DOW-UAP-D48, Department of the Air Force Report, 1996
Agency: Department of War
Incident date: 9/10/96
Page 125
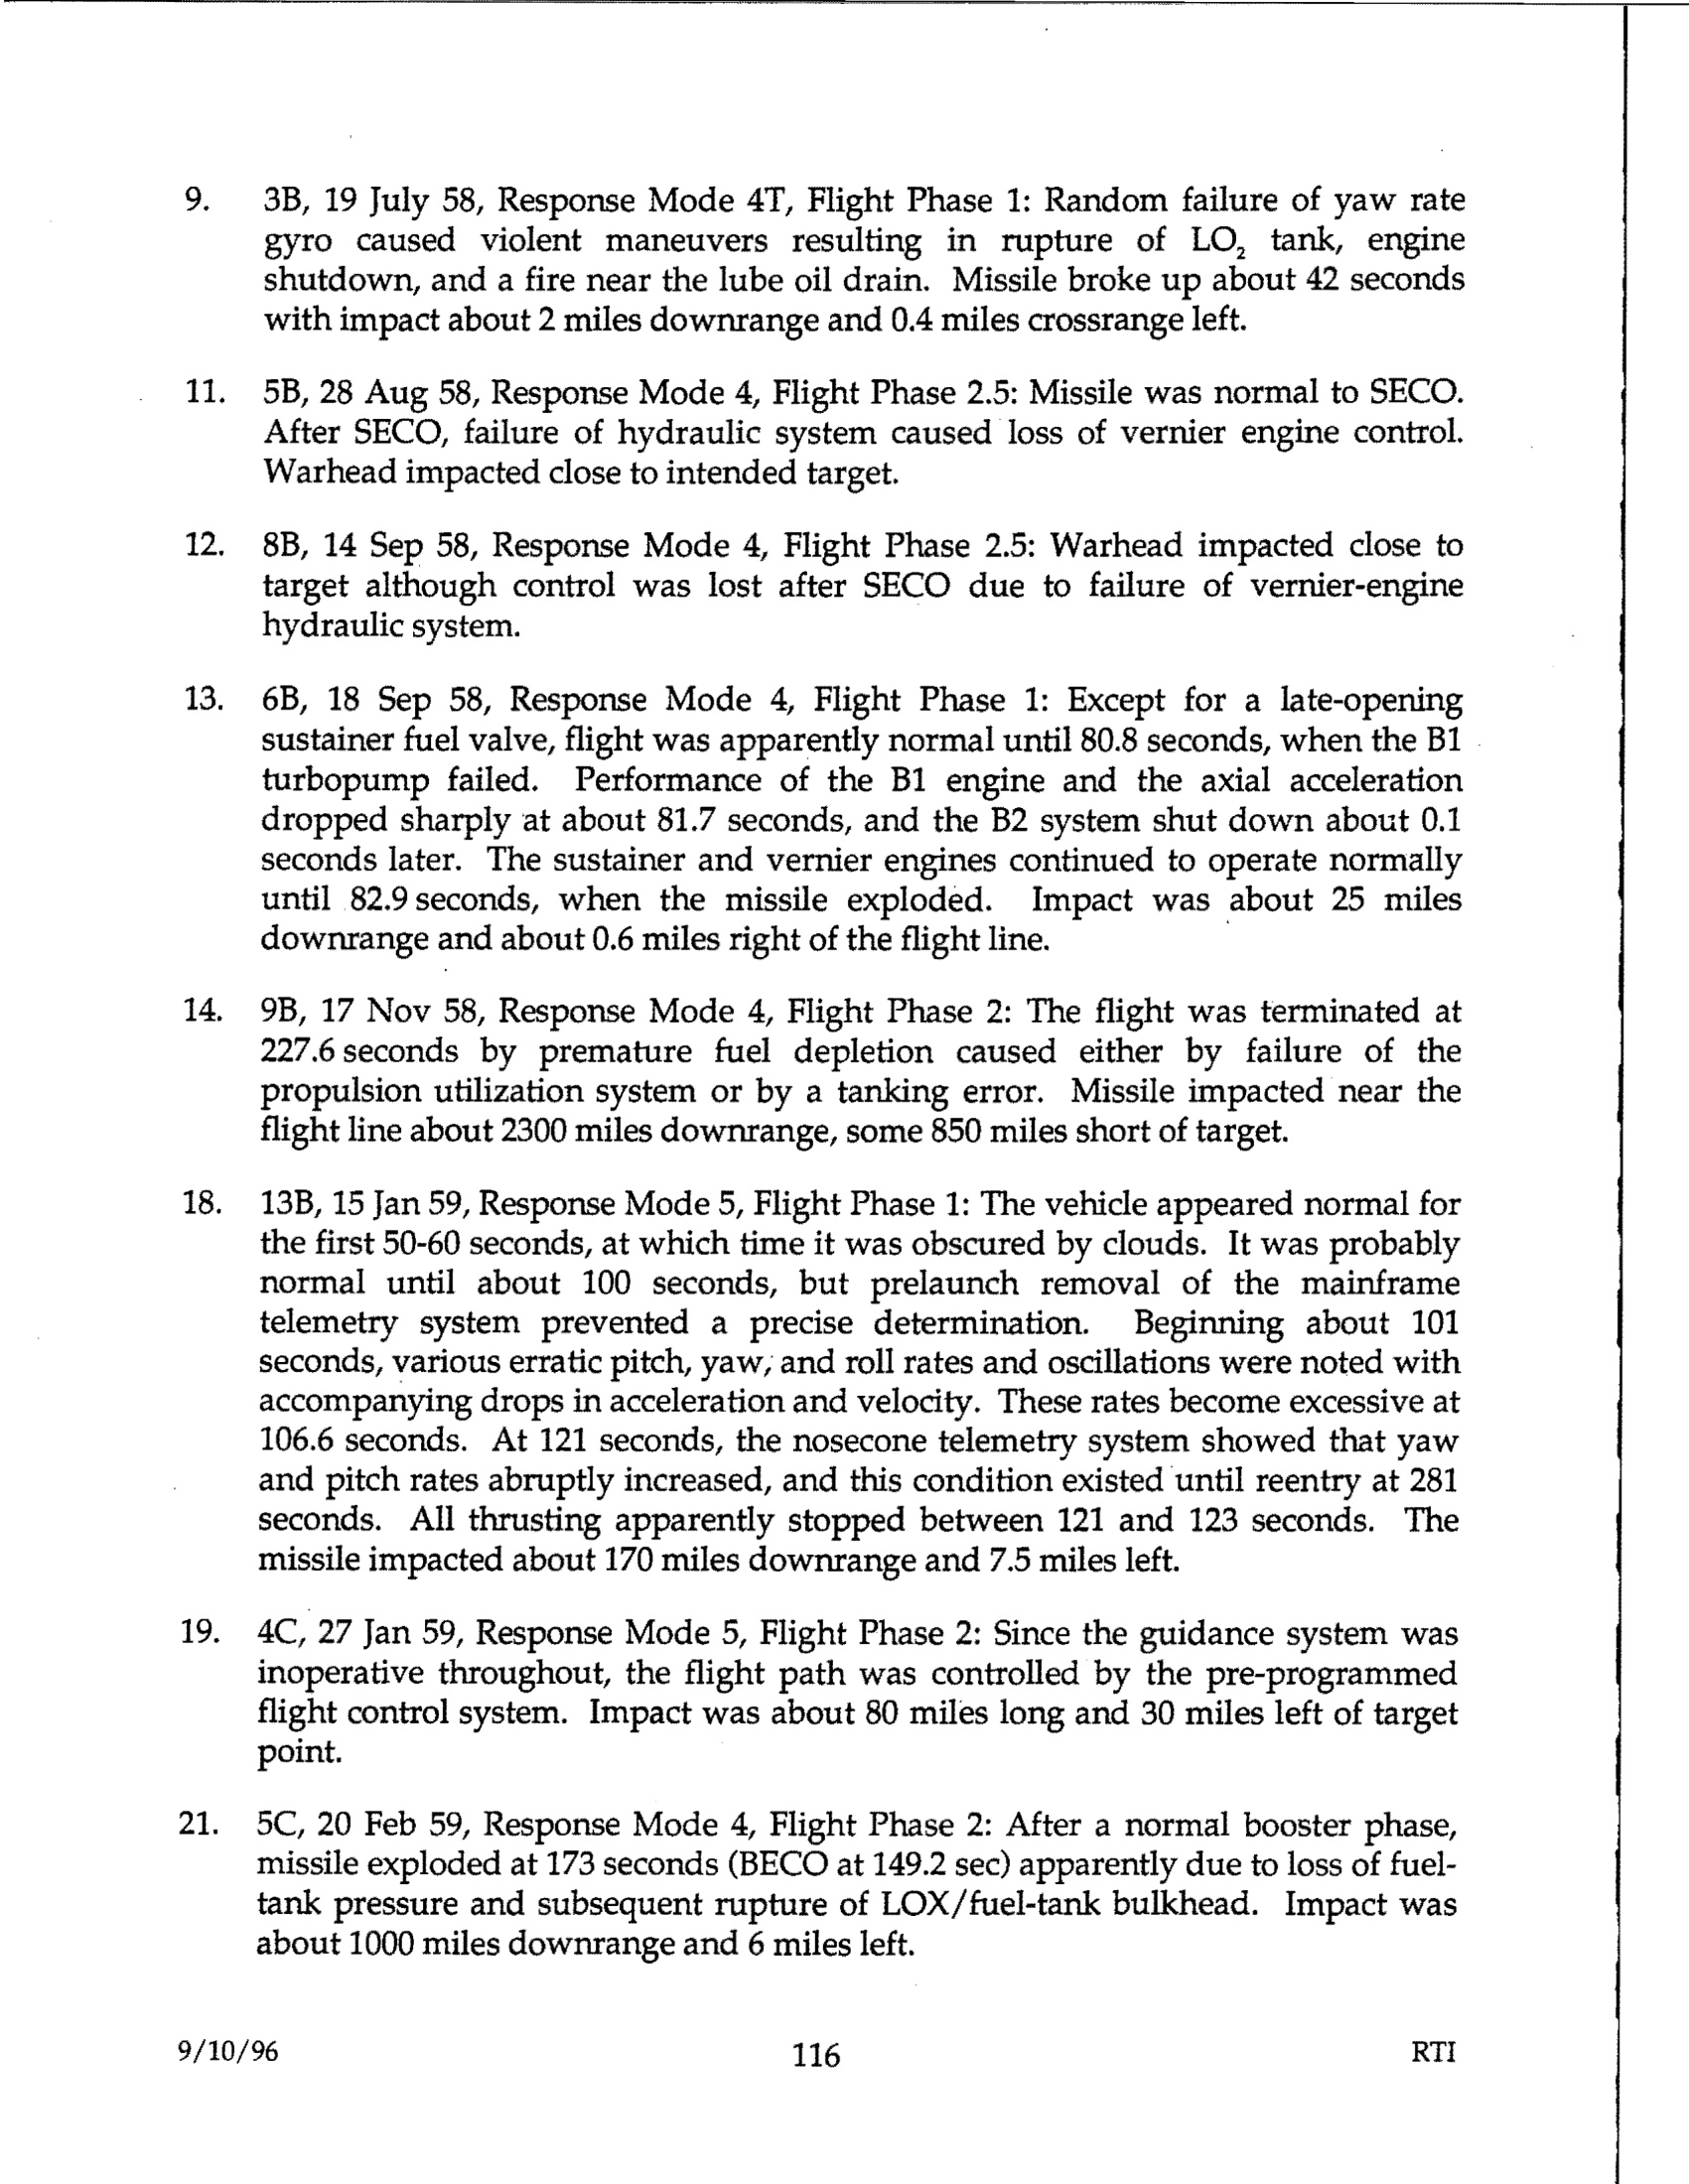